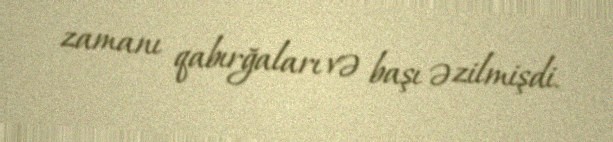
zamanı qabırğaları və başı əzilmişdi.